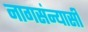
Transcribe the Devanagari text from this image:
नागसंन्यासी